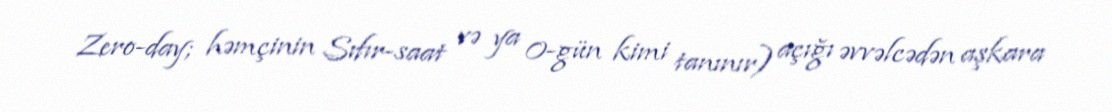
Zero-day; həmçinin Sıfır-saat və ya 0-gün kimi tanınır) açığı əvvəlcədən aşkara